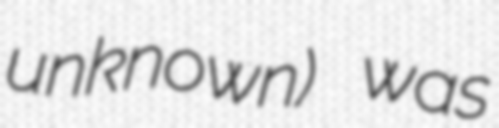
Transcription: unknown) was